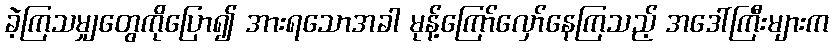
ခဲ့ကြသမျှတွေကိုပြော၍ အားရသောအခါ မုန့်ကြော်လှော်နေကြသည့် အဒေါ်ကြီးများက